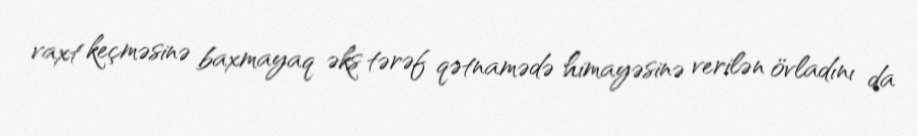
vaxt keçməsinə baxmayaq əks tərəf qətnamədə himayəsinə verilən övladını da